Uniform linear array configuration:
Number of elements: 12
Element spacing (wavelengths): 1
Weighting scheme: binomial
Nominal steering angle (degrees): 15
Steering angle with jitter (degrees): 16.661
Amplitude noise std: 0.05
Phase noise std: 0.05

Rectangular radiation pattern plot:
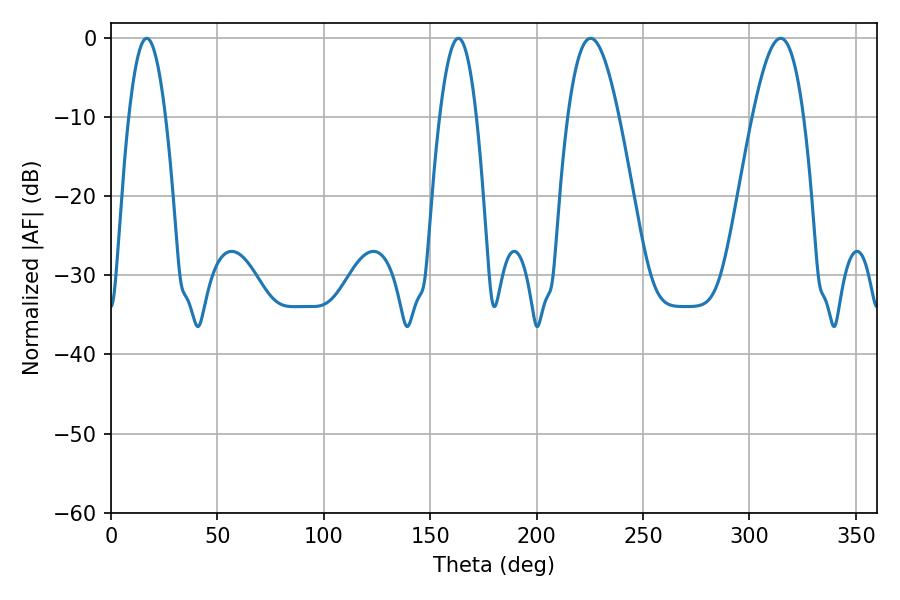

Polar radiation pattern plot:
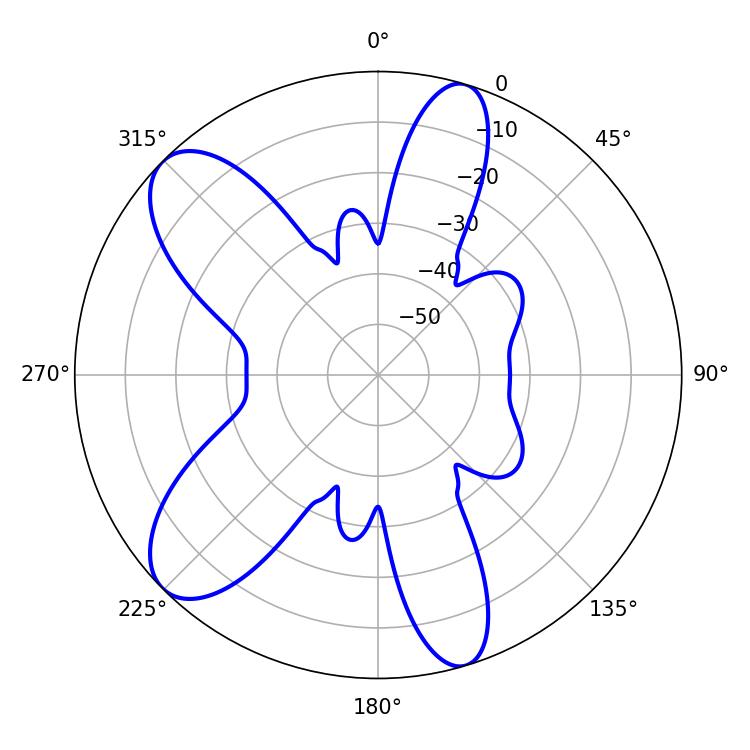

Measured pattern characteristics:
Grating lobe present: TRUE
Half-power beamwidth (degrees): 12.96
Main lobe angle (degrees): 225.36